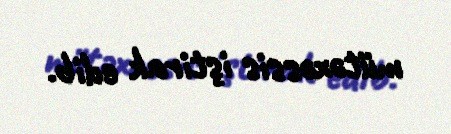
mütəxəssis iştirak edib.